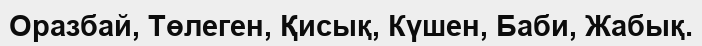
Оразбай, Төлеген, Қисық, Күшен, Баби, Жабық.